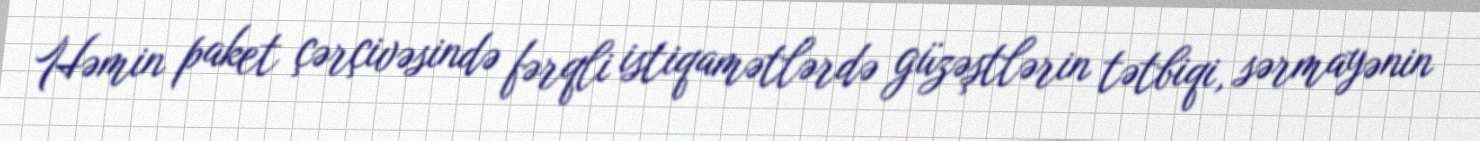
Həmin paket çərçivəsində fərqli istiqamətlərdə güzəştlərin tətbiqi, sərmayənin